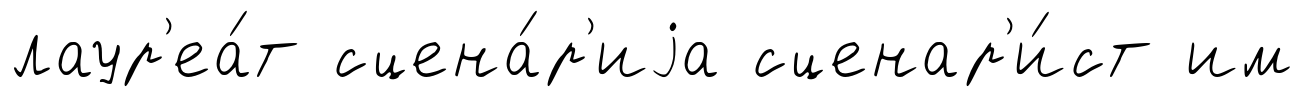
лаур'еа́т сцена́р'иjа сценар'и́ст им